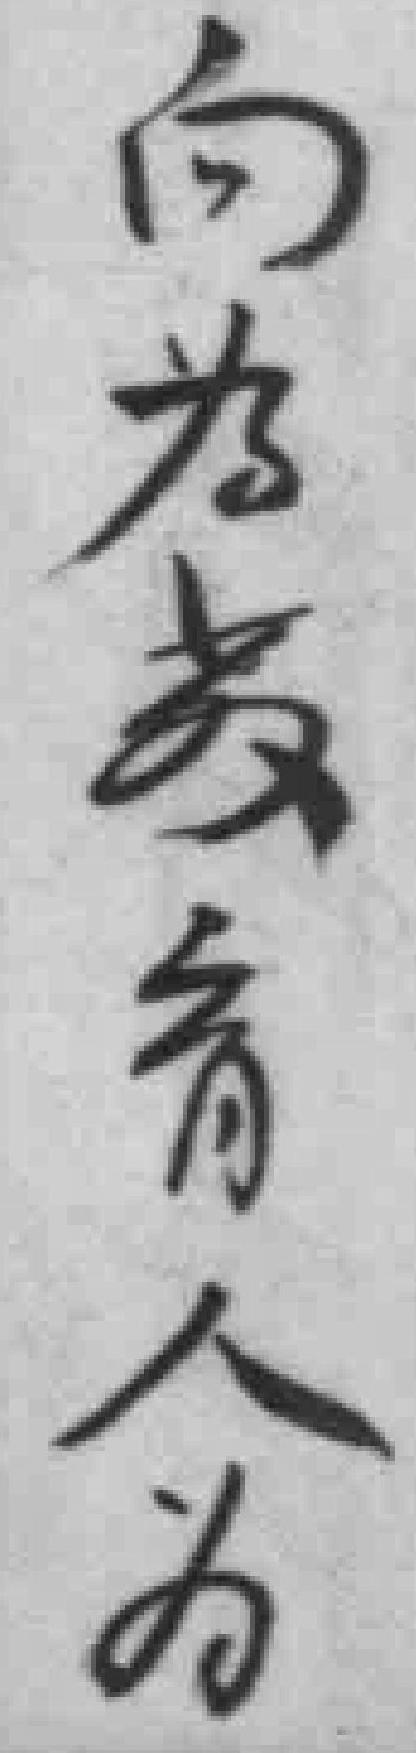
向為教育人为